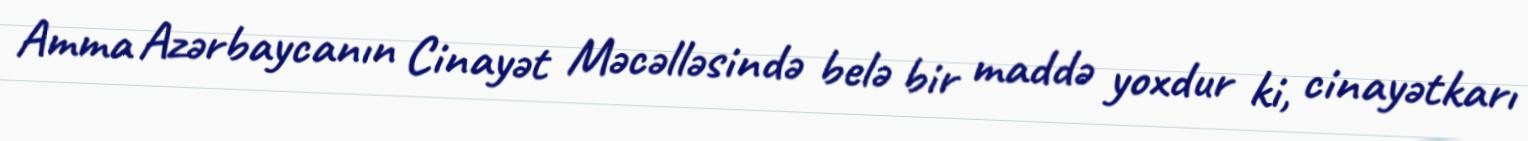
Amma Azərbaycanın Cinayət Məcəlləsində belə bir maddə yoxdur ki, cinayətkarı